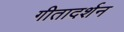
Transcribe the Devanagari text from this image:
गीतादर्शन